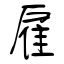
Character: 雇